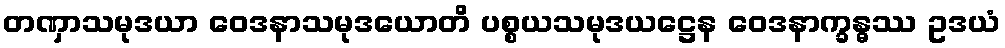
တဏှာသမုဒယာ ဝေဒနာသမုဒယောတိ ပစ္စယသမုဒယဋ္ဌေန ဝေဒနာက္ခန္ဓဿ ဥဒယံ